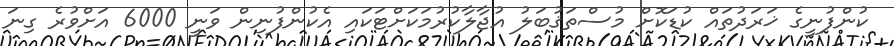
ކުންފުނީގެ ޚަރަދުތައް ކުޑަކޮށް މުސްތަޤުބަލު އުޖާލާކުރުމަކަށްޓަކައި އެކުންފުނިން ވަނީ 6000 އަށްވުރެ ގިނަ